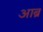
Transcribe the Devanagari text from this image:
आब्र